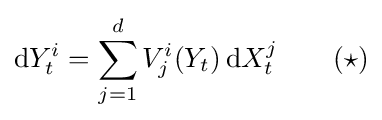
\mathrm {d} Y_{t}^{i}=\sum _{j=1}^{d}V_{j}^{i}(Y_{t})\,\mathrm {d} X_{t}^{j}\qquad (\star )